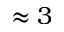
\approx 3